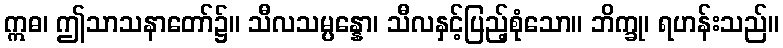
ဣဓ၊ ဤသာသနာတော်၌။ သီလသမ္ပန္နော၊ သီလနှင့်ပြည့်စုံသော။ ဘိက္ခု၊ ရဟန်းသည်။